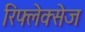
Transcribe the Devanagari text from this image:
रिफ्लेक्सेज